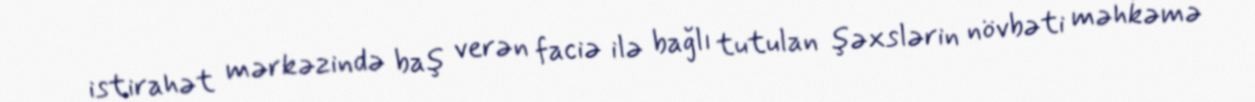
istirahət mərkəzində baş verən faciə ilə bağlı tutulan şəxslərin növbəti məhkəmə